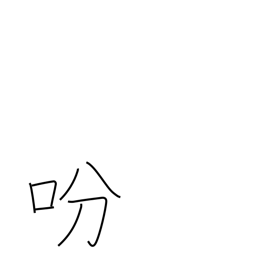
Meaning: give an order